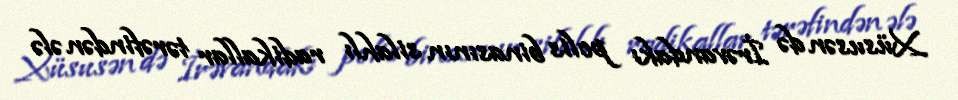
Xüsusən də İrəvandakı polis binasının silahlı radikallar tərəfindən ələ